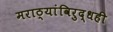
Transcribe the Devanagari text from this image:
मराठ्यांविरुद्धही